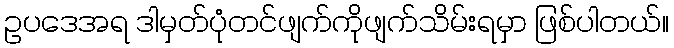
ဥပဒေအရ ဒါမှတ်ပုံတင်ဖျက်ကိုဖျက်သိမ်းရမှာ ဖြစ်ပါတယ်။